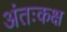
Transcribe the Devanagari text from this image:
अंतःकक्ष